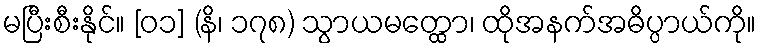
မပြီးစီးနိုင်။ [၀၁] (နိ၊ ၁၇၈) သွာယမတ္ထော၊ ထိုအနက်အဓိပ္ပာယ်ကို။